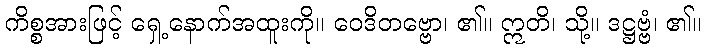
ကိစ္စအားဖြင့် ရှေ့နောက်အထူးကို။ ဝေဒိတဗ္ဗော၊ ၏။ ဣတိ၊ သို့။ ဒဋ္ဌဗ္ဗံ၊ ၏။